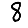
Digit: 8